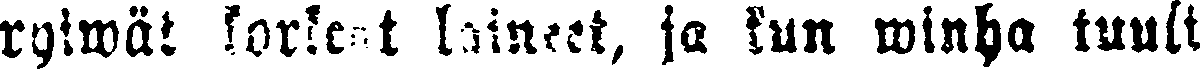
ryiwät korkeat laineet, ja kun winha tuuli